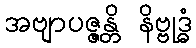
အဗျာပဇ္ဇန္တိ နိဗ္ဗုဒ္ဓံ